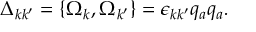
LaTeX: \Delta _ { k k ^ { \prime } } = \{ \Omega _ { k } , \Omega _ { k ^ { \prime } } \} = \epsilon _ { k k ^ { \prime } } q _ { a } q _ { a } .